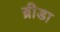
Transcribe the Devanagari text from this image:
ब्रीडा